system: You are a helpful assistant.
user:
Analyze the provided spectrum to determine if it is a **M-type Giant (gM)**.

A M-type Giant spectrum is defined by its **strong molecular absorption** features, particularly from **Titanium Oxide (TiO)**. You must check for one of the following mutually exclusive signatures:

- **Key Visual Indicators (Absorption-Dominated Spectrum):**

    - **(Primary):** The spectrum is dominated by strong molecular absorption from **Titanium Oxide (TiO)**. This is the **defining feature** of its M-type temperature class.
        - **(Key Bandheads):** Look for sharp, "saw-tooth" absorption valleys. The strongest are located near **~7050 Å**, **~6160 Å**, and **~5170 Å**.
        - **(Line Profile):** The "saw-tooth" morphology is critical: a **sharp, steep drop on the BLUE (short-wavelength) side** of the bandhead, followed by a gradual recovery (rising flux) towards the RED (long-wavelength) side.

    - **(Key Confirmation - Giant vs. Dwarf):** **ABSENCE** of strong **Calcium Hydride (CaH)** molecular bands. This is the primary diagnostic for *excluding* M-dwarfs.
        - **(Key Region):** The spectrum should lack the strong, broad absorption band seen in dwarfs between **~6800 Å and ~7000 Å**.

    - **(Secondary Confirmation - Giant):** A very strong and broad **Neutral Calcium (Ca I)** atomic absorption line.
        - **(Key Line):** Located at **~4226 Å**. In a giant (gM), this line is significantly deeper and broader than the same line in an M-dwarf (dM) due to low surface gravity.

    - **(Overall Spectrum):**
        - The continuum is **extremely red-sloping** (i.e., flux is very low in the blue and rises dramatically towards the red).
        - The entire spectrum appears "chopped up" by the deep TiO bands.

Think first, call **spectral_visualization_tool** if needed to examine features in detail, then provide your final answer. Your response must adhere to the following strict rules:
1.  **Overall Structure:** Your response must follow the format `<think>...</think> <tool_call>...</tool_call> (if a tool is used) <answer>...</answer>`.
2.  **Tool Usage Constraint:** You may only make **one** tool call per turn.
3.  **Final Answer Format:** In the `<answer>` tag, your conclusion must be inside a `\boxed{}` command (e.g., `\boxed{YES}` or `\boxed{NO}`), followed by your justification.

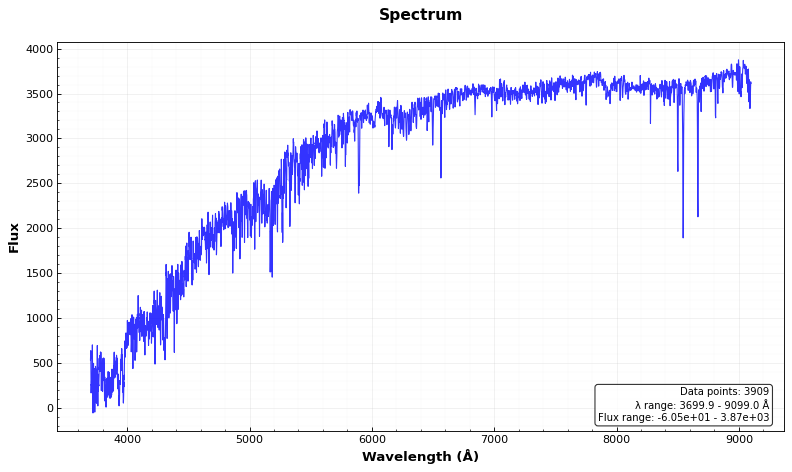
Answer: NO